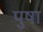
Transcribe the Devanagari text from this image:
पुषा